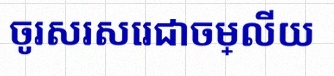
ចូរសរសេរជាចម្លើយ